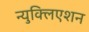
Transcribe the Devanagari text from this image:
न्युक्लिएशन